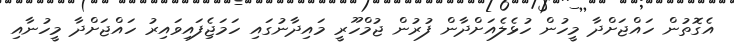
އެގޮތުން ހައްޖަށްދާ މީހުން ހުޅެލެއަށްދާން ފުރުން ޖުމްހޫރީ މައިދާނުގައި ހަމަޖެިފައިވައިރު ހައްޖަށްދާ މީހުނާއި